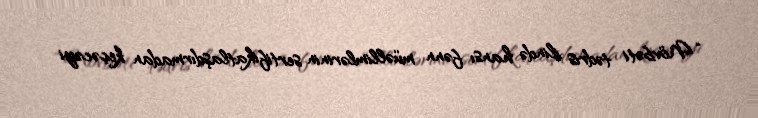
“Növbəti tədris ilində hansı fənn müəllimlərinin sertifikatlaşdırmadan keçəcəyi